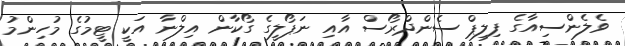
ވެލެންސިއާގެ ފިލިޕް ސެންދްރޯސް އާއި ނަޕޯލީގެ ގޯކާން އިލްނާ އަކީ ޓީމުގެ މުހިންމު